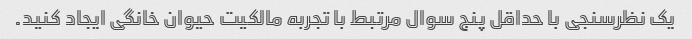
یک نظرسنجی با حداقل پنج سوال مرتبط با تجربه مالکیت حیوان خانگی ایجاد کنید.